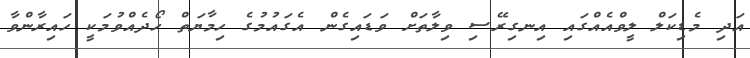
އަދި މެޑިކަލް ލީވްއެއްގައި އިނގިރޭސި ވިލާތަށް ވަޑައިގެން އެގައުމުގެ ހިމާޔަތް ހޯދެއްވުމަކީ ހައިރާންވާ